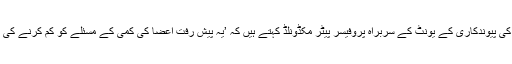
سینٹ ونسنٹ کے دل کی پیوندکاری کے یونٹ کے سربراہ پروفیسر پیٹر مکڈونلڈ کہتے ہیں کہ ’یہ پیش رفت اعضا کی کمی کے مسئلے کو کم کرنے کی طرف ایک اہم قدم ہے۔